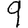
Digit: 9